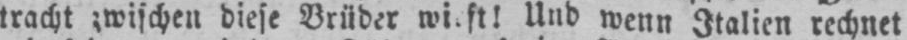
Und wenn Italien rechnet